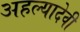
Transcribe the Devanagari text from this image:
अहल्यादेवी